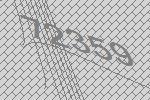
72359